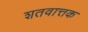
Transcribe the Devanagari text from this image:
शतवात्तक